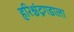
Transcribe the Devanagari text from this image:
हरिश्चंद्रगडाला